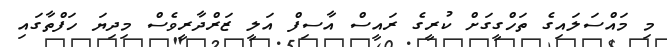
މި މައްސަލައިގެ ތަހްގީގަށް ކުރީގެ ރައީސް އާސިފް އަލީ ޒަރްދާރީވެސް މިދިޔަ ހަފްތާގައި